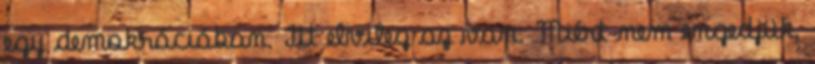
egy demokráciában. Itt elvileg az van. Miért nem engedjük,